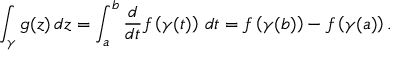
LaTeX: \int _ { \gamma } g ( z ) \, d z = \int _ { a } ^ { b } { \frac { d } { d t } } f \left( \gamma ( t ) \right) \, d t = f \left( \gamma ( b ) \right) - f \left( \gamma ( a ) \right) .